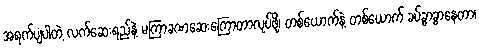
အရက်ပျံပါတဲ့ လက်ဆေးရည်နဲ့ မကြာခဏဆေးကြောတာလုပ်ဖို့၊ တစ်ယောက်နဲ့ တစ်ယောက် ခပ်ခွာခွာနေတာ၊